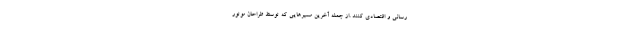
رسانی و اقتصادی کنند .از جمله آخرین مسیرهایی که توسط طراحان موتور